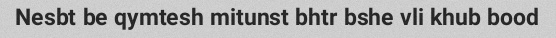
Nesbt be qymtesh mitunst bhtr bshe vli khub bood